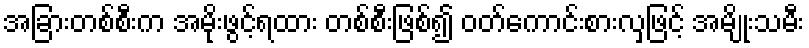
အခြားတစ်စီးက အမိုးဖွင့်ရထား တစ်စီးဖြစ်၍ ဝတ်ကောင်းစားလှဖြင့် အမျိုးသမီး